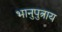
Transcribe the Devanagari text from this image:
भानुपुत्राय